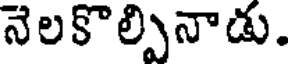
నెలకొల్పినాడు.